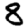
Digit: 8